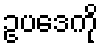
ဥပဒေကို